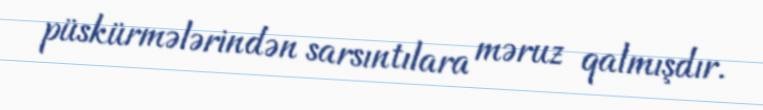
püskürmələrindən sarsıntılara məruz qalmışdır.